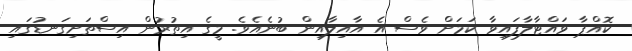
ކޮއްޕާ ވައްޓާލާފައިވާ ކަމަށް ވެސް އެ އާއިލާއިން ބުނެއެވެ. މީގެ އިތުރުން އިސްތަށިގަނޑުގައި